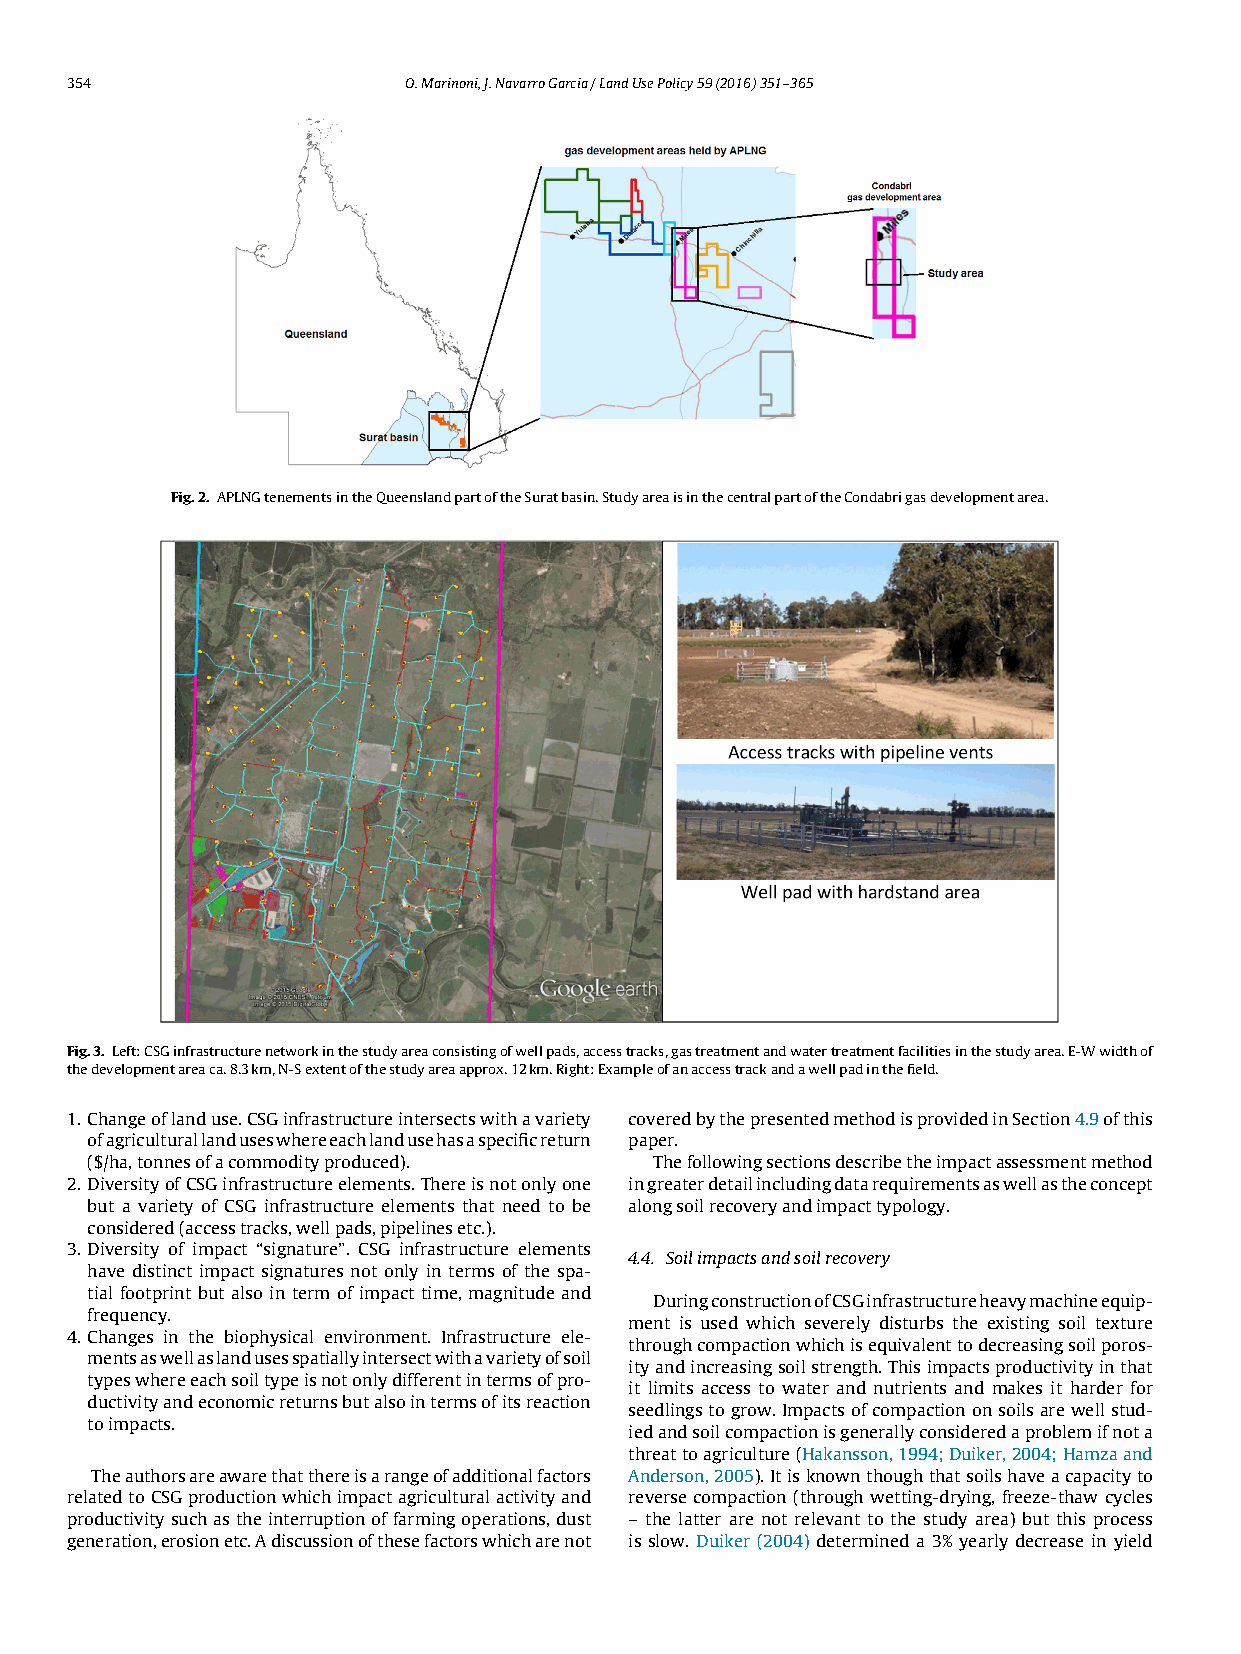
354                   O.Marinoni,J.NavarroGarcia/LandUsePolicy59(2016)351–365
 Fig.2. APLNGtenementsintheQueenslandpartoftheSuratbasin.StudyareaisinthecentralpartoftheCondabrigasdevelopmentarea.
 Fig.3. Left:CSGinfrastructurenetworkinthestudyareaconsistingofwellpads,accesstracks,gastreatmentandwatertreatmentfacilitiesinthestudyarea.E-Wwidthof
 thedevelopmentareaca.8.3km,N-Sextentofthestudyareaapprox.12km.Right:Exampleofanaccesstrackandawellpadinthefield.
 1. Changeoflanduse.CSGinfrastructureintersectswithavariety coveredbythepresentedmethodisprovidedinSection4.9ofthis
 ofagriculturallanduseswhereeachlandusehasaspecificreturn paper.
 ($/ha,tonnesofacommodityproduced).    Thefollowingsectionsdescribetheimpactassessmentmethod
 2. DiversityofCSGinfrastructureelements.Thereisnotonlyone ingreaterdetailincludingdatarequirementsaswellastheconcept
 but a variety of CSG infrastructure elements that need to be alongsoilrecoveryandimpacttypology.
 considered(accesstracks,wellpads,pipelinesetc.).
 3. Diversity of impact “signature”. CSG infrastructure elements
 4.4. Soilimpactsandsoilrecovery
 have distinct impact signatures not only in terms of the spa-
 tial footprint but also in term of impact time, magnitude and
 DuringconstructionofCSGinfrastructureheavymachineequip-
 frequency.
 ment is used which severely disturbs the existing soil texture
 4. Changes in the biophysical environment. Infrastructure ele-
 throughcompactionwhichisequivalenttodecreasingsoilporos-
 mentsaswellaslandusesspatiallyintersectwithavarietyofsoil
 ityandincreasingsoilstrength.Thisimpactsproductivityinthat
 typeswhereeachsoiltypeisnotonlydifferentintermsofpro-
 it limits access to water and nutrients and makes it harder for
 ductivityandeconomicreturnsbutalsointermsofitsreaction
 seedlingstogrow.Impactsofcompactiononsoilsarewellstud-
 toimpacts.
 iedandsoilcompactionisgenerallyconsideredaproblemifnota
 threattoagriculture(Hakansson,1994;Duiker,2004;Hamzaand
 Theauthorsareawarethatthereisarangeofadditionalfactors Anderson,2005).Itisknownthoughthatsoilshaveacapacityto
 relatedtoCSGproductionwhichimpactagriculturalactivityand reverse compaction (through wetting-drying, freeze-thaw cycles
 productivitysuchastheinterruptionoffarmingoperations,dust – the latter are not relevant to the study area) but this process
 generation,erosionetc.Adiscussionofthesefactorswhicharenot is slow. Duiker (2004) determined a 3% yearly decrease in yield